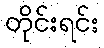
တိုင်းရင်း